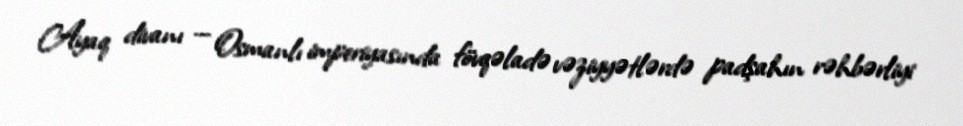
Ayaq divanı — Osmanlı imperiyasında fövqəladə vəziyyətlərdə padşahın rəhbərliyi